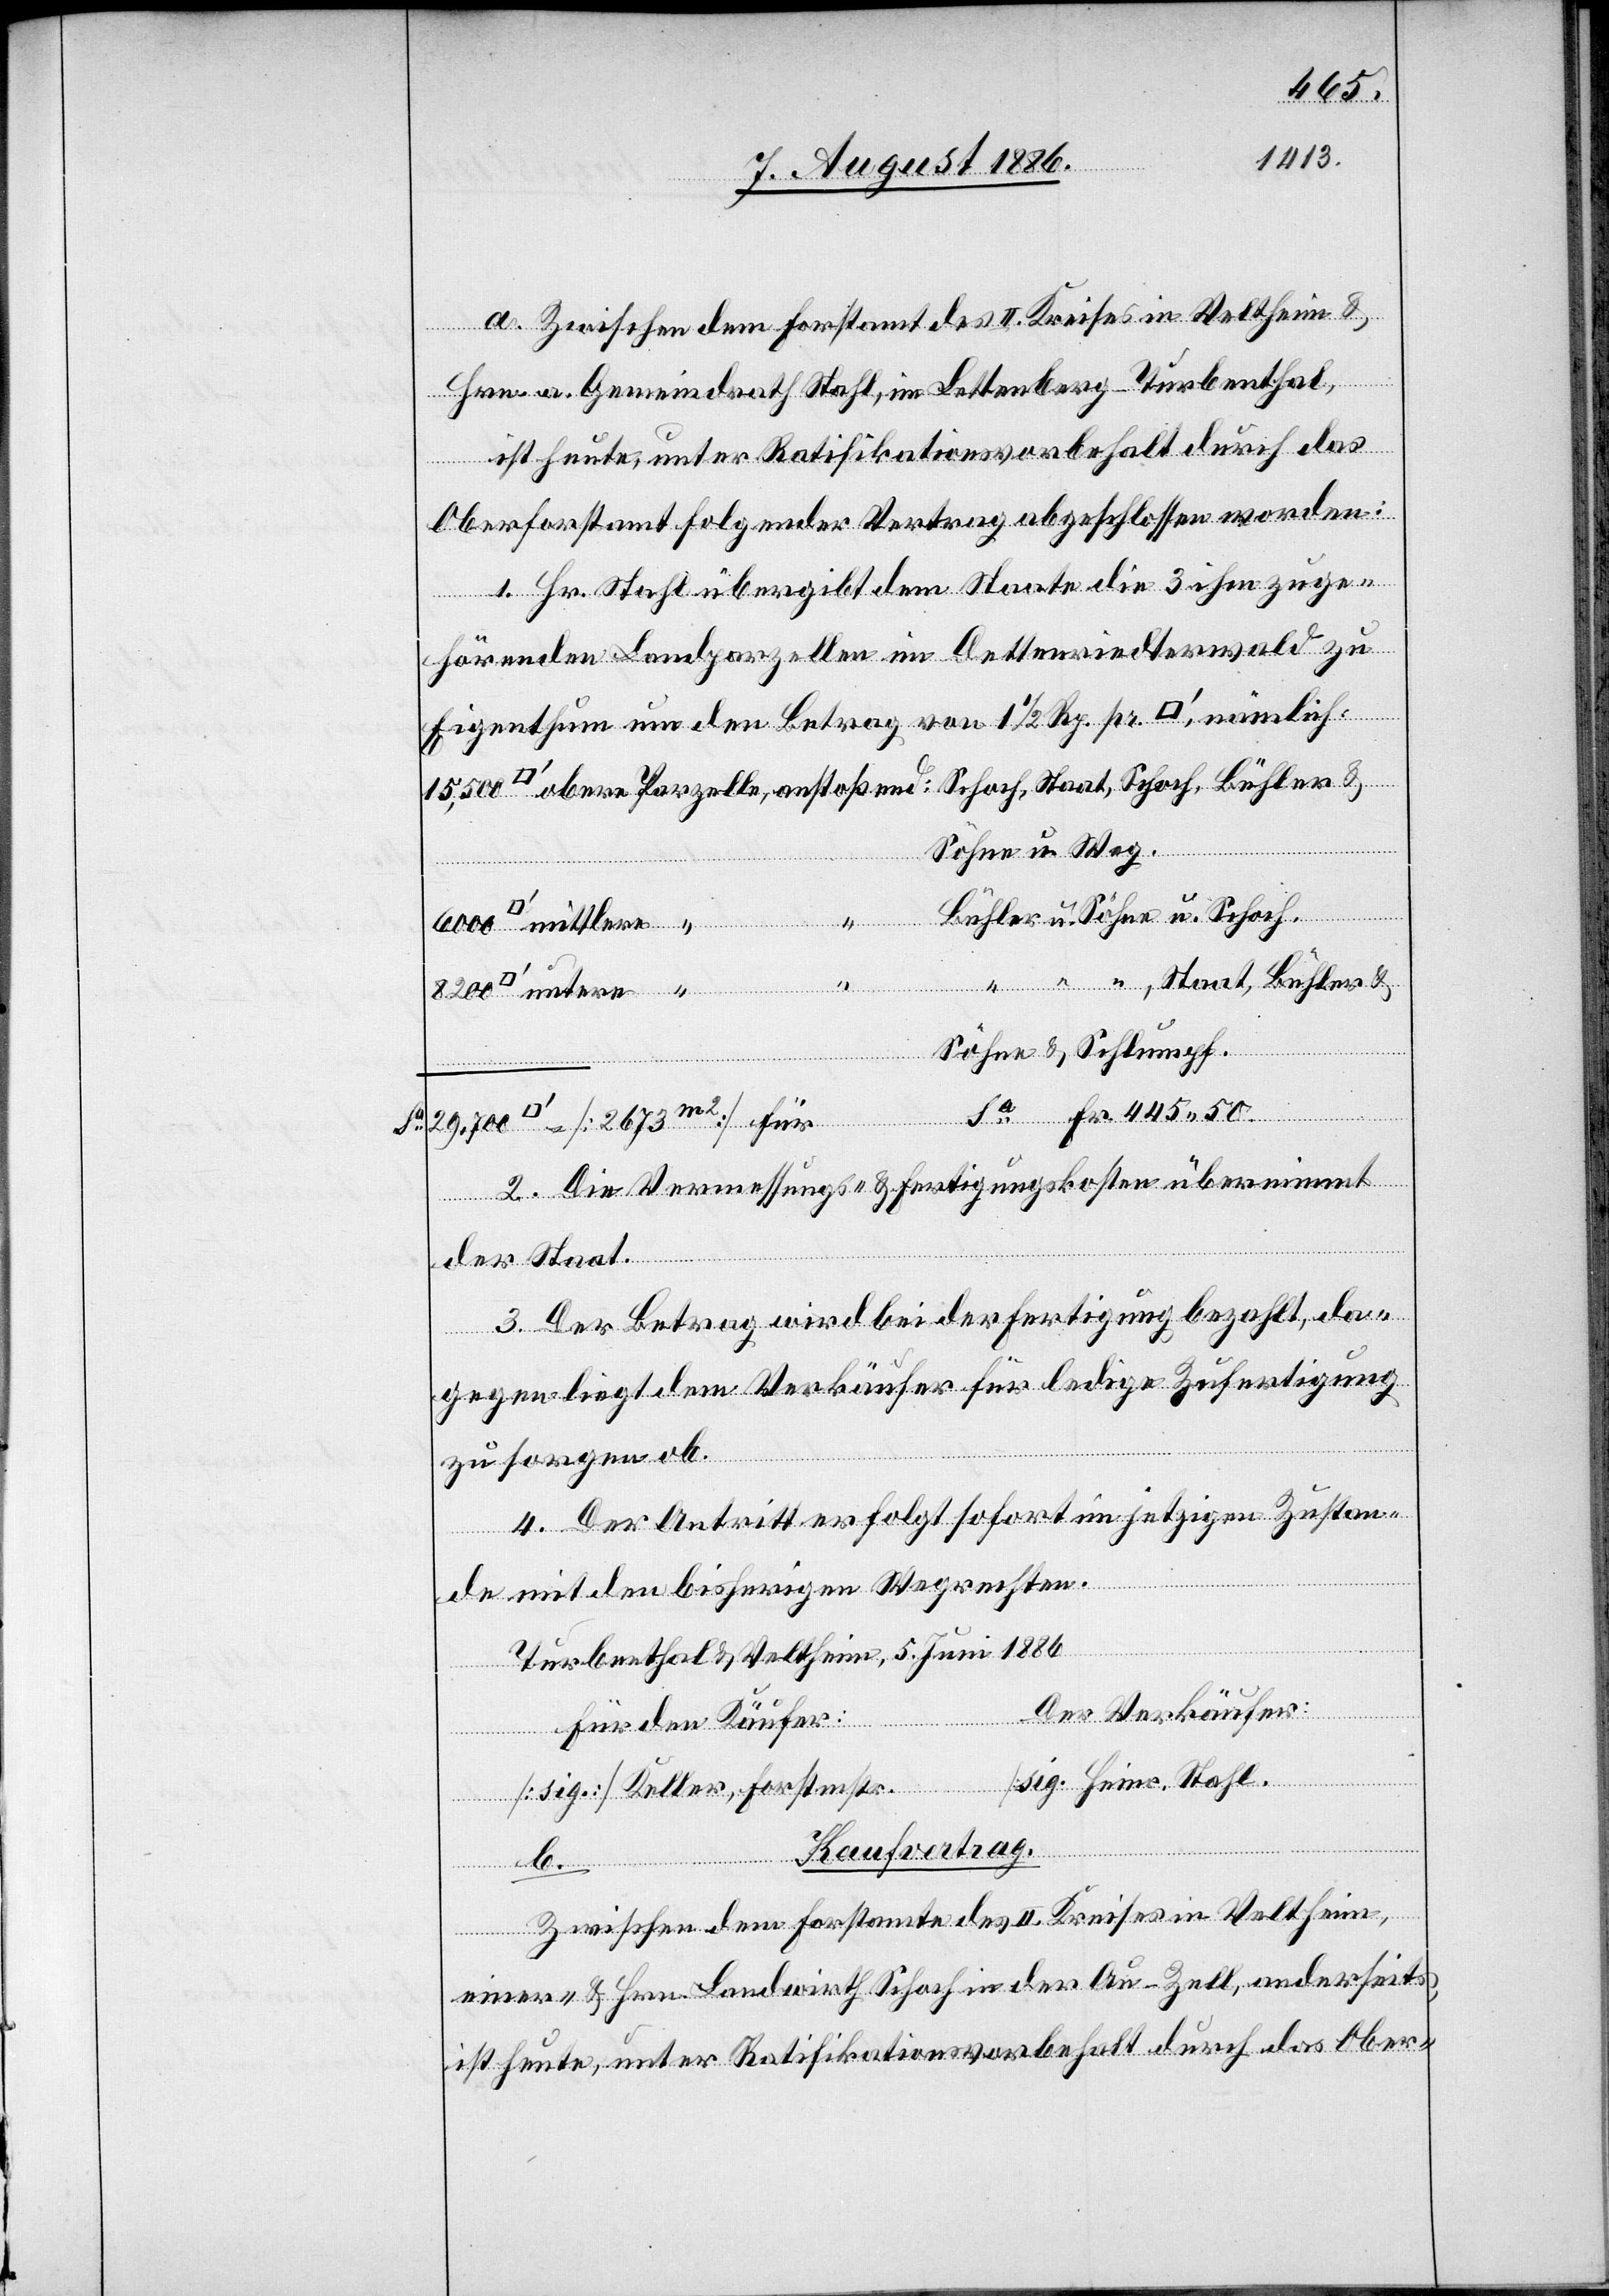
a. Zwischen dem Forstamt des II. Kreises in Veltheim &
ans¬
Hrn. a. Gemeindrath Stahl, im Bettenberg - Turbenthal,
ist heute, unter Ratifikationsvorbehalt durch das
Oberforstamt folgender Vertrag abgeschlossen worden:
1. Hr. Stahl übergibt dem Staate die 3 ihm zuge¬
hörenden Landparzellen im Dettenriedterwald zu
Eigenthum um den Betrag von 1 1/2 Rp. pr. [Quadratfuss] nämlich:
Söhne u. Weg.
Söhne & Schlumpf.
b.
Sa Fr. 445 50.
2. Die Vermessungs- & Fertigungskosten übernimmt
der Staat.
3. Der Betrag wird bei der Fertigung bezahlt, da¬
gegen liegt dem Verkäufer für ledige Zufertigung
zu sorgen ob.
4. Der Antritt folgt sofort im jetzigen Zustan¬
de mit den bisherigen Wegrechten.
Turbenthal & Veltheim, 5. Juni 1886
Der Verkäufer:
für den Käufer:
[sig.] Heinr. Stahl.
[sig.] Keller, Forstmstr.
Kaufvertrag.
Zwischen dem Forstamte des II. Kreises in Veltheim,
einer- & Hrn. Landwirth Schoch in der Au - Zell, anderseits,
ist heute, unter Ratifikationsvorbehalt durch das Ober-